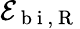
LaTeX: \mathcal{E}_{\mathrm{~b~i~},\mathrm{~R~}}